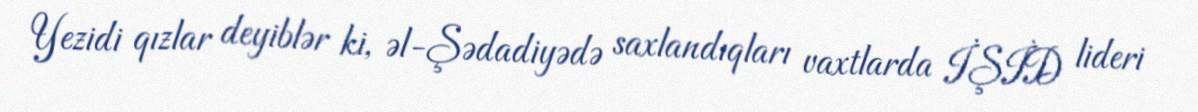
Yezidi qızlar deyiblər ki, əl-Şədadiyədə saxlandıqları vaxtlarda İŞİD lideri